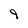
Character: 9